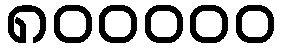
၈၀၀၀၀၀